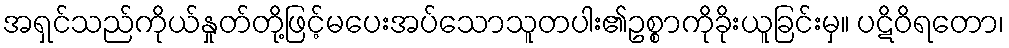
အရှင်သည်ကိုယ်နှုတ်တို့ဖြင့်မပေးအပ်သောသူတပါး၏ဥစ္စာကိုခိုးယူခြင်းမှ။ ပဋိဝိရတော၊